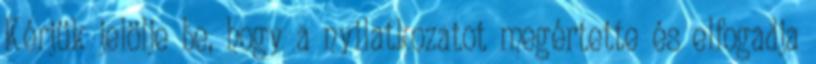
Kérjük jelölje be, hogy a nyilatkozatot megértette és elfogadja